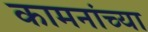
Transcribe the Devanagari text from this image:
कामनांच्या